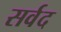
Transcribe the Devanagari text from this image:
सर्वद